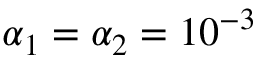
\alpha _ { 1 } = \alpha _ { 2 } = 1 0 ^ { - 3 }